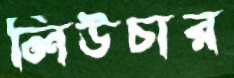
লিউচার